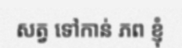
សត្វ ទៅកាន់ ភព ខ្ញុំ